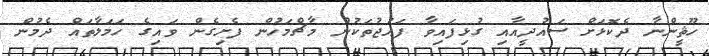
ހޫޘީންނާ ދެކޮޅަށް ސައުދީއާއި ގުޅިފައިވާ ފައުޖުތަކުން މާޗްމަހުން ފެށިގެން ވައިގެ ހަމަލާތައް ދެމުން